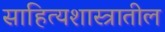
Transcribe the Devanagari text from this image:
साहित्यशास्त्रातील